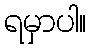
ရမှာပါ။